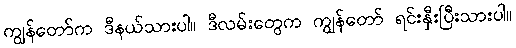
ကျွန်တော်က ဒီနယ်သားပါ။ ဒီလမ်းတွေက ကျွန်တော် ရင်းနှီးပြီးသားပါ။